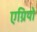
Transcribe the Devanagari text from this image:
एग्रियो